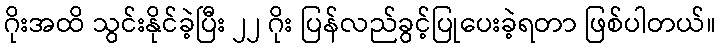
ဂိုးအထိ သွင်းနိုင်ခဲ့ပြီး ၂၂ ဂိုး ပြန်လည်ခွင့်ပြုပေးခဲ့ရတာ ဖြစ်ပါတယ်။